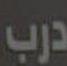
درب